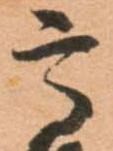
高